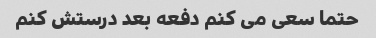
حتما سعی می کنم دفعه بعد درستش کنم